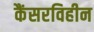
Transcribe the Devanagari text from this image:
कैंसरविहीन